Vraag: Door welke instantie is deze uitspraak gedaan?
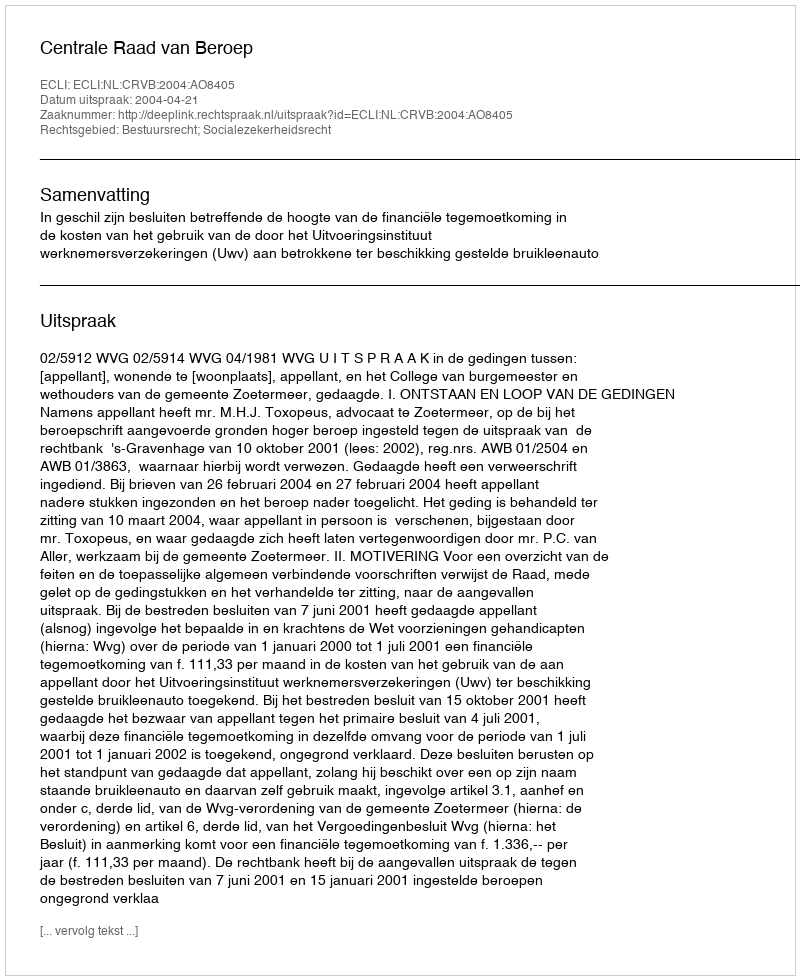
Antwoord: Centrale Raad van Beroep